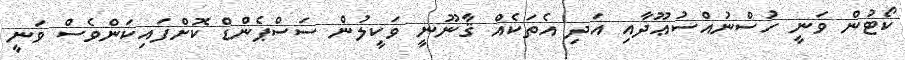
ކޯޓުން ވަނީ ހުސްނުއްސުޢޫދާއި އަދި އެތަކެއް ޤާނޫނީ ވަކީލުން ސަސްޕެންޑް ކޮށްފައިކަންވެސް ވަނީ